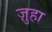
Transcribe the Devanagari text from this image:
ज़ुहा